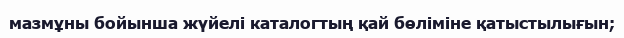
мазмұны бойынша жүйелі каталогтың қай бөліміне қатыстылығын;